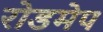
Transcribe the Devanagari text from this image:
रोडमेप